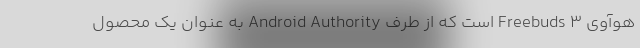
هوآوی Freebuds 3 است که از طرف Android Authority به عنوان یک محصول